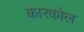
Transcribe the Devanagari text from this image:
कारकोल